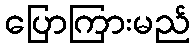
ပြောကြားမည်